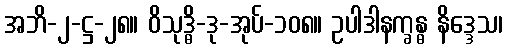
အဘိ-၂-ဋ္ဌ-၂၈။ ဝိသုဒ္ဓိ-ဒု-အုပ်-၁၀၈။ ဥပါဒါနက္ခန္ဓ နိဒ္ဒေသ၊